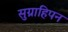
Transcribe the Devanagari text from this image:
सुग्राहिपन